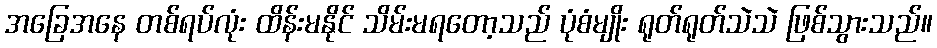
အခြေအနေ တစ်ရပ်လုံး ထိန်းမနိုင် သိမ်းမရတော့သည် ပုံစံမျိုး ရုတ်ရုတ်သဲသဲ ဖြစ်သွားသည်။